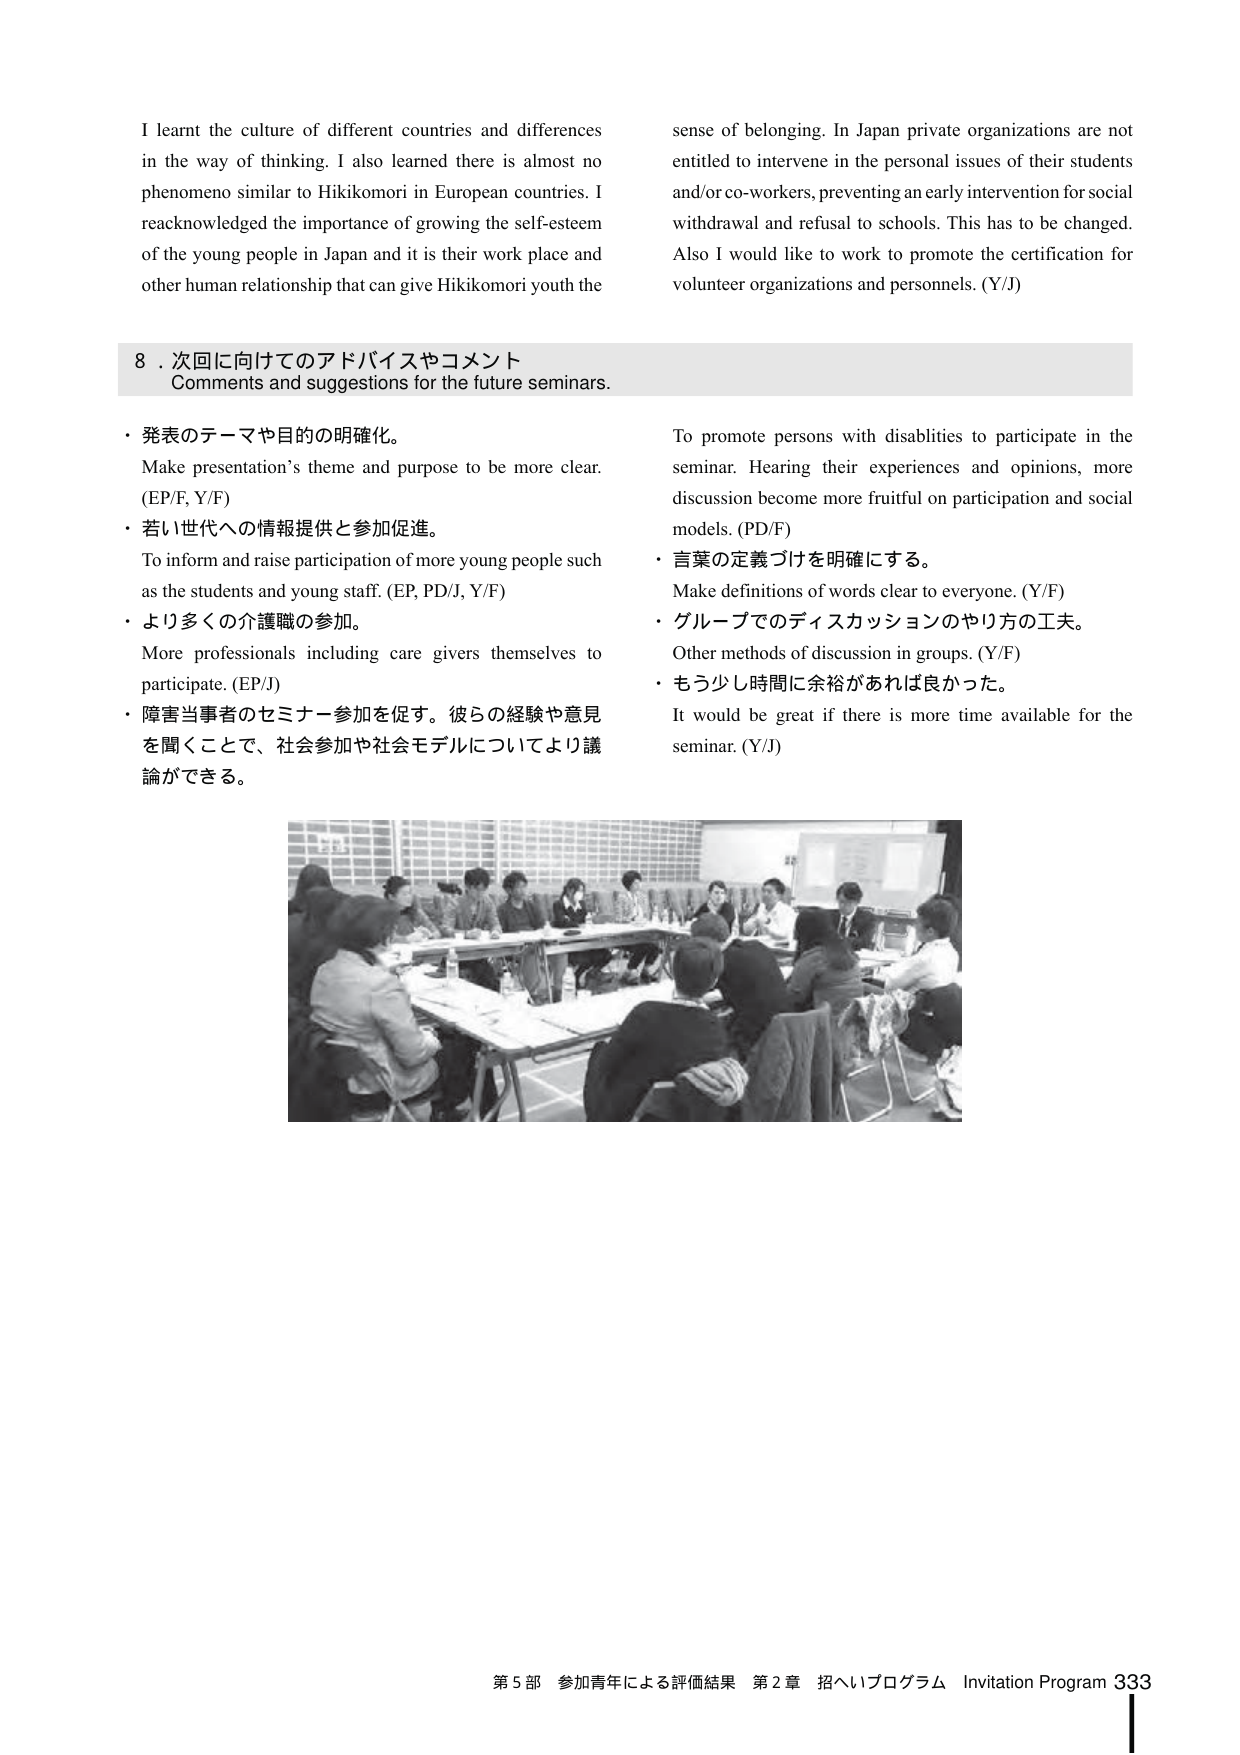
I learnt the culture of different countries and differences in the way of thinking. I also learned there is almost no phenomenon similar to Hikikomori in European countries. I reacknowledged the importance of growing the self-esteem of the young people in Japan and it is their work place and other human relationship that can give Hikikomori youth the sense of belonging. In Japan private organizations are not entitled to intervene in the personal issues of their students and/or co-workers, preventing an early intervention for social withdrawal and refusal to schools. This has to be changed. Also I would like to work to promote the certification for volunteer organizations and personnels. (Y/J)

8．次回に向けてのアドバイスやコメント
Comments and suggestions for the future seminars.

・発表のテーマや目的の明確化。
Make presentation’s theme and purpose to be more clear. (EP/F, Y/F)
・若い世代への情報提供と参加促進。
To inform and raise participation of more young people such as the students and young staff. (EP, PD/J, Y/F)
・より多くの介護職の参加。
More professionals including care givers themselves to participate. (EP/J)
・障害当事者のセミナー参加を促す。彼らの経験や意見を聞くことで、社会参加や社会モデルについてより議論ができる。
To promote persons with disabilities to participate in the seminar. Hearing their experiences and opinions, more discussion become more fruitful on participation and social models. (PD/F)
・言葉の定義づけを明確にする。
Make definitions of words clear to everyone. (Y/F)
・グループでのディスカッションのやり方の工夫。
Other methods of discussion in groups. (Y/F)
・もう少し時間に余裕があれば良かった。
It would be great if there is more time available for the seminar. (Y/J)

第5部 参加青年による評価結果 第2章 招へいプログラム Invitation Program 333